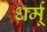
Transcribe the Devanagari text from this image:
धर्मू